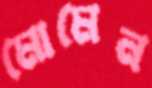
মোমেন